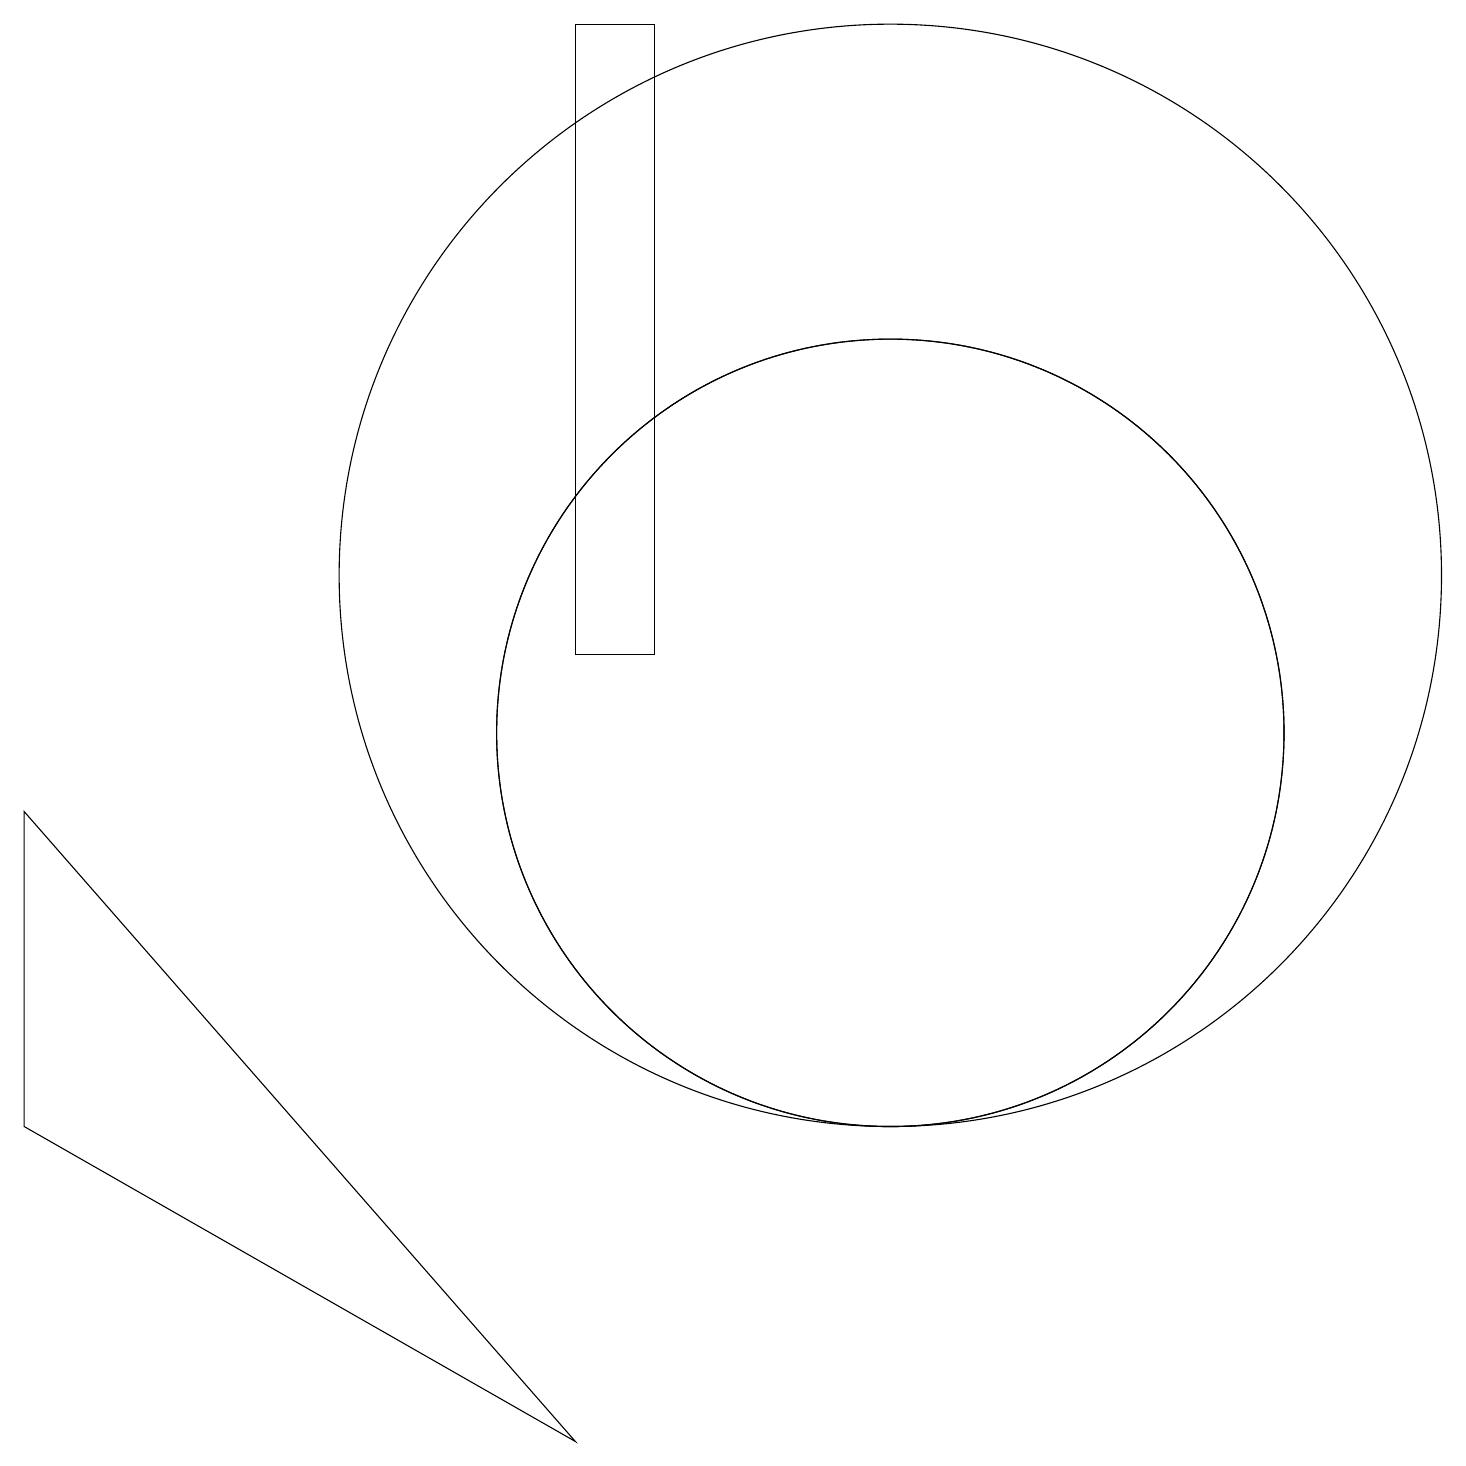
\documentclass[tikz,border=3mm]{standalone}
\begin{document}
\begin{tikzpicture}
\draw (9,19) rectangle (8,11);
\draw (1,9) -- (1,5) -- (8,1) -- cycle;
\draw (12,10) circle (5);
\draw (12,12) circle (7);
\draw (12,10) circle (5);
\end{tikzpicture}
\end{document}